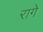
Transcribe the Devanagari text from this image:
रागे